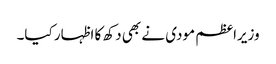
وزیراعظم مودی نے بھی دکھ کا اظہار کیا۔